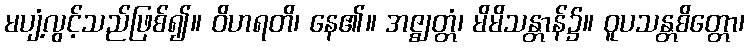
မပျံ့လွင့်သည်ဖြစ်၍။ ဝိဟရတိ၊ နေ၏။ အဇ္ဈတ္တံ၊ မိမိသန္တာန်၌။ ဝူပသန္တစိတ္တော၊